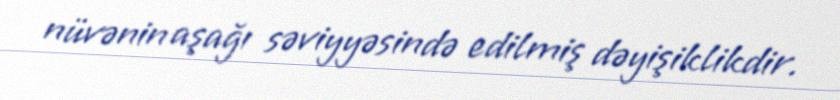
nüvənin aşağı səviyyəsində edilmiş dəyişiklikdir.